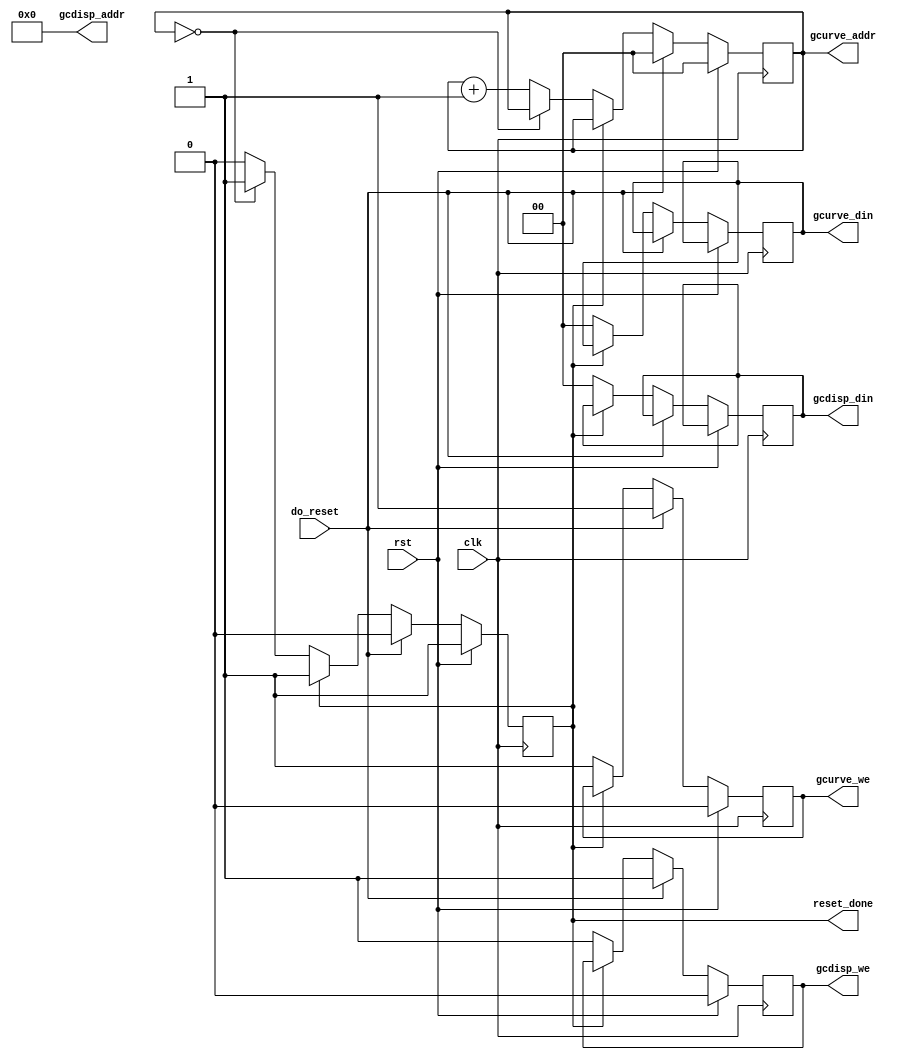
/* *********************** *
 * Parametric Equalizer    *
 * J. Colosimo             *
 * 6.111 - Fall '10        *
 * gcreset.v               *
 * reset gain curve        *
 * *********************** */

module gcreset #(parameter LOGFFTSIZE=0, AUDIOWIDTH=0, DISPLWIDTH=0)
    (
        input wire clk,
        input wire rst,

        // controls
        input wire do_reset,
        output reg reset_done,

        output wire [LOGFFTSIZE-1:0] gcurve_addr,
        output wire [9:0] gcdisp_addr,
        output reg [AUDIOWIDTH-1:0] gcurve_din,
        output reg [DISPLWIDTH-1:0] gcdisp_din,
        output reg gcurve_we, gcdisp_we
    );

    reg [LOGFFTSIZE-1:0] index;

    assign gcurve_addr = index;
    assign gcdisp_addr = index >> (LOGFFTSIZE-10); // divide by 8 -> 8192/8 = 1024;

    always @ (posedge clk) begin
        if (rst) begin
            reset_done <= 1;
            gcurve_we <= 0;
            gcdisp_we <= 0;
            index <= 0;
        end else if (do_reset) begin
            reset_done <= 0;
            gcurve_we <= 1;
            gcdisp_we <= 1;
            index <= 0;
        end else if (!reset_done) begin 
            gcurve_we <= 1;
            gcdisp_we <= 1;

            gcurve_din <= 1<<AUDIOWIDTH - 1;
            gcdisp_din <= 0;

            if ( index == (1<<LOGFFTSIZE)-1 ) begin
                reset_done <= 1;
            end else begin
                index <= index + 1;
            end
        end
    end

endmodule